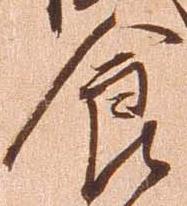
食